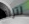
لتراه